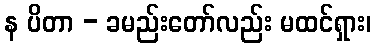
န ပိတာ - ခမည်းတော်လည်း မထင်ရှား၊